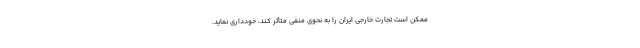
ممکن است تجارت خارجی ایران را به نحوی منفی متأثر کند، خودداری نماید.